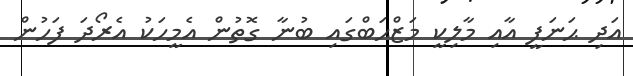
އަދި ޙަނަފީ އާއި މާލިކީ މަޒްޙަބްގައި ބުނާ ގޮތުން އެމީހަކު އެރޯދަ ފަހުން